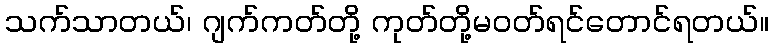
သက်သာတယ်၊ ဂျက်ကတ်တို့ ကုတ်တို့မဝတ်ရင်တောင်ရတယ်။